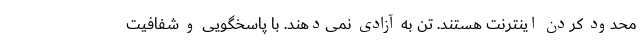
محدود کردن اینترنت هستند. تن به آزادی نمی‌دهند. با پاسخگویی و شفافیت